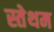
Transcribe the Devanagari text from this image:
स्तेथम